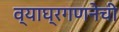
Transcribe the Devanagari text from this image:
व्याघ्रगणनेची